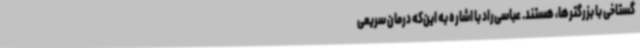
گستاخی با بزرگترها، هستند. عباسی‌راد با اشاره به این‌که درمان سریعی